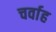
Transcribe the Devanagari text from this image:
चर्वाह